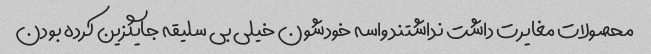
محصولات مغایرت داشت نداشتند واسه خودشون خیلی بی سلیقه جایگزین کرده بودن